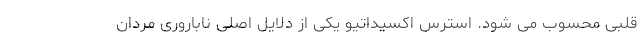
قلبی محسوب می شود. استرس اکسیداتیو یکی از دلایل اصلی ناباروری مردان